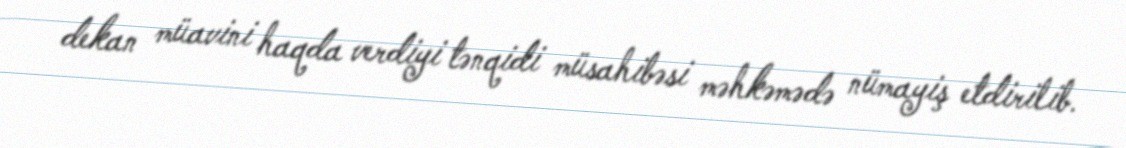
dekan müavini haqda verdiyi tənqidi müsahibəsi məhkəmədə nümayiş etdirilib.